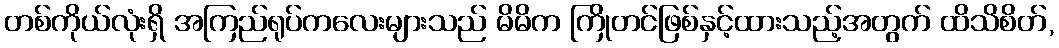
တစ်ကိုယ်လုံးရှိ အကြည်ရုပ်ကလေးများသည် မိမိက ကြိုတင်ဖြစ်နှင့်ထားသည့်အတွက် ထိသိစိတ်,